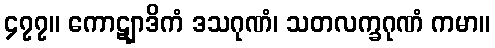
၄၇၇။ ကောဋျာဒိကံ ဒသဂုဏံ၊ သတလက္ခဂုဏံ ကမာ။